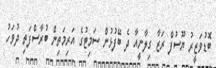
ބޮޑުވަޒީރު ޔޫސުފް ރަޒާ ގިލާނީއާ ދެ ބޭފުޅުން ސަމިޓުގެ އަރިމަތިން ބުރާސްފަތި ދުވަހު